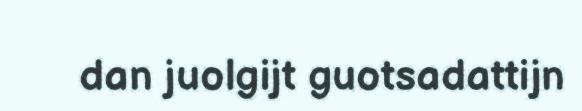
dan juolgijt guotsadattijn